Civil Veterinary Dept. Bombay admin report 1923-31 - 1923-1931
Year: 1923
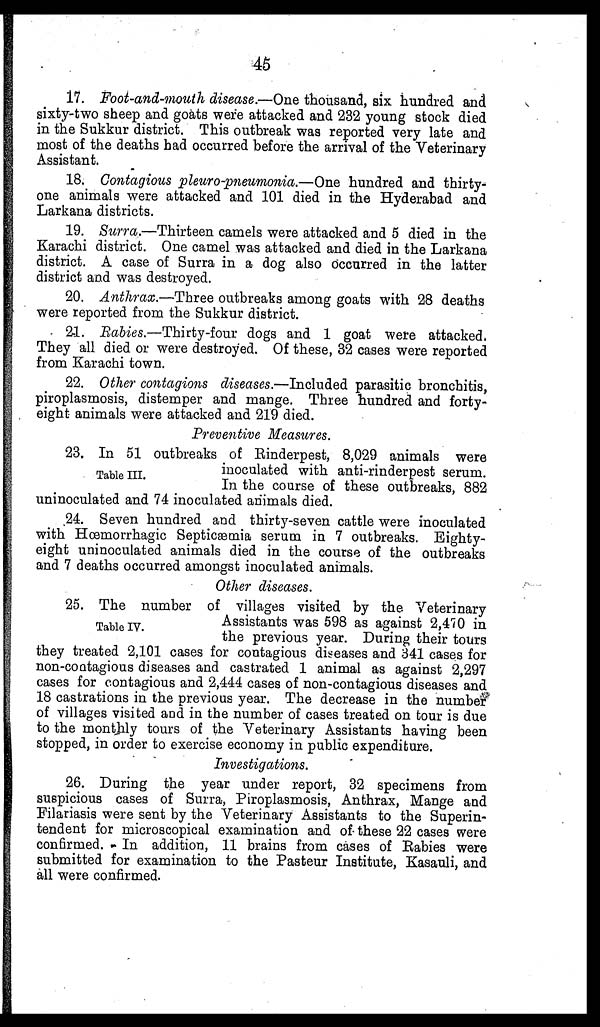
45
17. Foot-and-mouth disease.—One thousand, six hundred and
sixty-two sheep and goats were attacked and 232 young stock died
in the Sukkur district. This outbreak was reported very late and
most of the deaths bad occurred before the arrival of the Veterinary
Assistant.
18. Contagious pleuro-pneumonia.—One hundred and thirty-
one animals were attacked and 101 died in the Hyderabad and
Larkana districts.
19. Surra.—Thirteen camels were attacked and 5 died in the
Karachi district. One camel was attacked and died in the Larkana
district. A case of Surra in a dog also occurred in the latter
district and was destroyed.
20. Anthrax.—Three outbreaks among goats with 28 deaths
were reported from the Sukkur district.
21. Rabies.—Thirty-four dogs and 1 goat were attacked.
They all died or were destroyed. Of these, 32 cases were reported
from Karachi town.
22. Other contagions diseases.—Included parasitic bronchitis,
piroplasmosis, distemper and mange. Three hundred and forty-
eight animals were attacked and 219 died.
Preventive Measures.
Table III.
23. In 51 outbreaks of Rinderpest, 8,029 animals were
inoculated with anti-rinderpest serum.
In the course of these outbreaks, 882
uninoculated and 74 inoculated animals died.
24. Seven hundred and thirty-seven cattle were inoculated
with Hœmorrhagic Septicæmia serum in 7 outbreaks. Eighty-
eight uninoculated animals died in the course of the outbreaks
and 7 deaths occurred amongst inoculated animals.
Other diseases.
Table IV.
25. The number of villages visited by the Veterinary
Assistants was 598 as against 2,470 in
the previous year. During their tours
they treated 2,101 cases for contagious diseases and 341 cases for
non-coatagious diseases and castrated 1 animal as against 2,297
cases for contagious and 2,444 cases of non-contagious diseases and
18 castrations in the previous year. The decrease in the number
of villages visited and in the number of cases treated on tour is due
to the monthly tours of the Veterinary Assistants having been
stopped, in order to exercise economy in public expenditure.
Investigations.
26. During the year under report, 32 specimens from
suspicious cases of Surra, Piroplasmosis, Anthrax, Mange and
Filariasis were sent by the Veterinary Assistants to the Superin-
tendent for microscopical examination and of these 22 cases were
confirmed. In addition, 11 brains from cases of Rabies were
submitted for examination to the Pasteur Institute, Kasauli, and
all were confirmed.